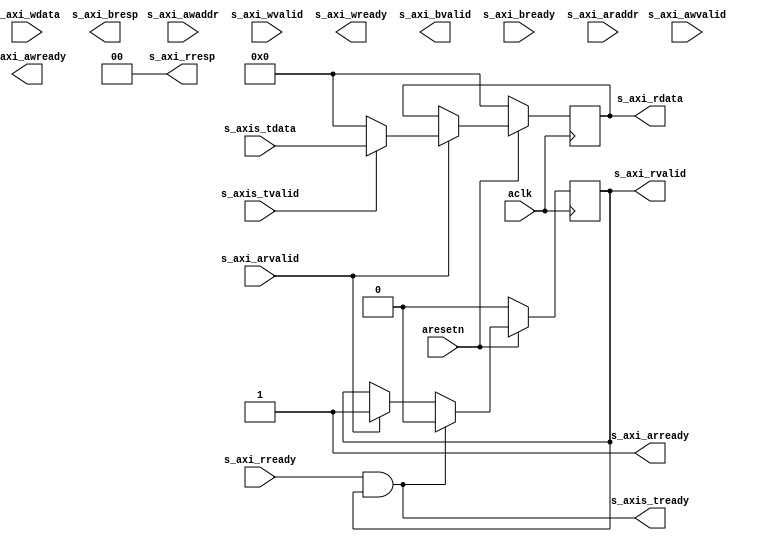

`timescale 1 ns / 1 ps

module axi_axis_reader #
(
  parameter integer AXI_DATA_WIDTH = 32,
  parameter integer AXI_ADDR_WIDTH = 32
)
(
  // System signals
  input  wire                      aclk,
  input  wire                      aresetn,

  // Slave side
  input  wire [AXI_ADDR_WIDTH-1:0] s_axi_awaddr,  // AXI4-Lite slave: Write address
  input  wire                      s_axi_awvalid, // AXI4-Lite slave: Write address valid
  output wire                      s_axi_awready, // AXI4-Lite slave: Write address ready
  input  wire [AXI_DATA_WIDTH-1:0] s_axi_wdata,   // AXI4-Lite slave: Write data
  input  wire                      s_axi_wvalid,  // AXI4-Lite slave: Write data valid
  output wire                      s_axi_wready,  // AXI4-Lite slave: Write data ready
  output wire [1:0]                s_axi_bresp,   // AXI4-Lite slave: Write response
  output wire                      s_axi_bvalid,  // AXI4-Lite slave: Write response valid
  input  wire                      s_axi_bready,  // AXI4-Lite slave: Write response ready
  input  wire [AXI_ADDR_WIDTH-1:0] s_axi_araddr,  // AXI4-Lite slave: Read address
  input  wire                      s_axi_arvalid, // AXI4-Lite slave: Read address valid
  output wire                      s_axi_arready, // AXI4-Lite slave: Read address ready
  output wire [AXI_DATA_WIDTH-1:0] s_axi_rdata,   // AXI4-Lite slave: Read data
  output wire [1:0]                s_axi_rresp,   // AXI4-Lite slave: Read data response
  output wire                      s_axi_rvalid,  // AXI4-Lite slave: Read data valid
  input  wire                      s_axi_rready,  // AXI4-Lite slave: Read data ready

  // Slave side
  output wire                      s_axis_tready,
  input  wire [AXI_DATA_WIDTH-1:0] s_axis_tdata,
  input  wire                      s_axis_tvalid
);

  reg int_rvalid_reg, int_rvalid_next;
  reg [AXI_DATA_WIDTH-1:0] int_rdata_reg, int_rdata_next;

  always @(posedge aclk)
  begin
    if(~aresetn)
    begin
      int_rvalid_reg <= 1'b0;
      int_rdata_reg <= {(AXI_DATA_WIDTH){1'b0}};
    end
    else
    begin
      int_rvalid_reg <= int_rvalid_next;
      int_rdata_reg <= int_rdata_next;
    end
  end

  always @*
  begin
    int_rvalid_next = int_rvalid_reg;
    int_rdata_next = int_rdata_reg;

    if(s_axi_arvalid)
    begin
      int_rvalid_next = 1'b1;
      int_rdata_next = s_axis_tvalid ? s_axis_tdata : {(AXI_DATA_WIDTH){1'b0}};
    end

    if(s_axi_rready & int_rvalid_reg)
    begin
      int_rvalid_next = 1'b0;
    end
  end

  assign s_axi_rresp = 2'd0;

  assign s_axi_arready = 1'b1;
  assign s_axi_rdata = int_rdata_reg;
  assign s_axi_rvalid = int_rvalid_reg;

  assign s_axis_tready = s_axi_rready & int_rvalid_reg;

endmodule